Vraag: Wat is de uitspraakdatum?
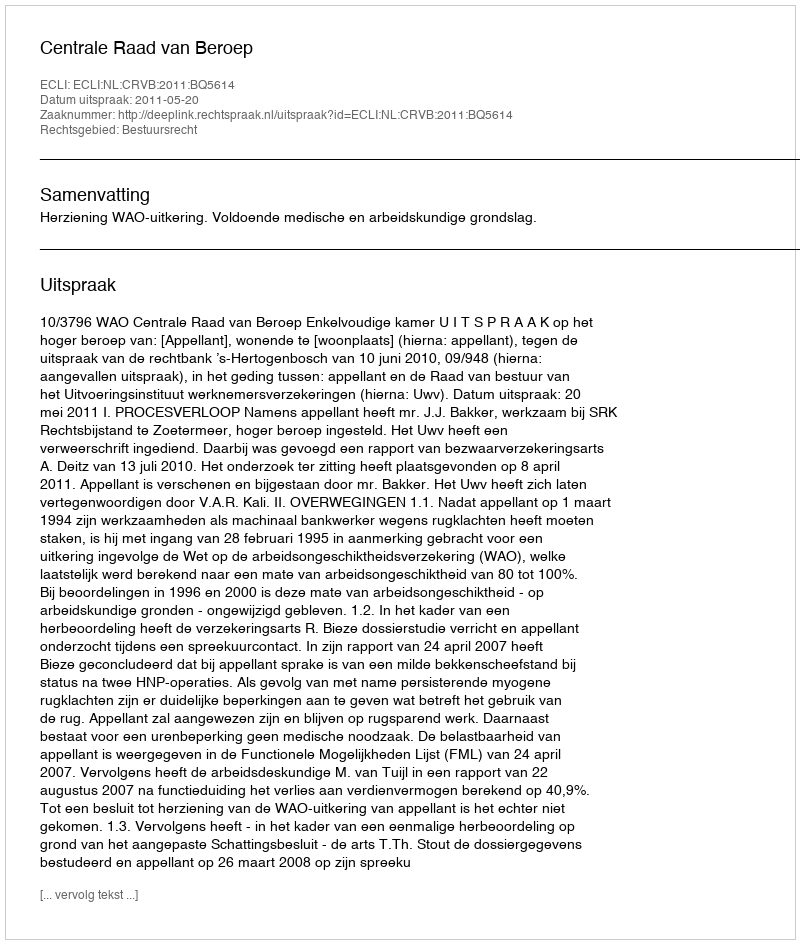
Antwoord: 2011-05-20